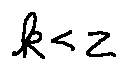
k < z